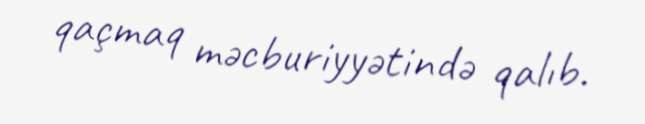
qaçmaq məcburiyyətində qalıb.